Civil Veterinary Department Bengal reports 1923-33 - 1923-1933
Year: 1923
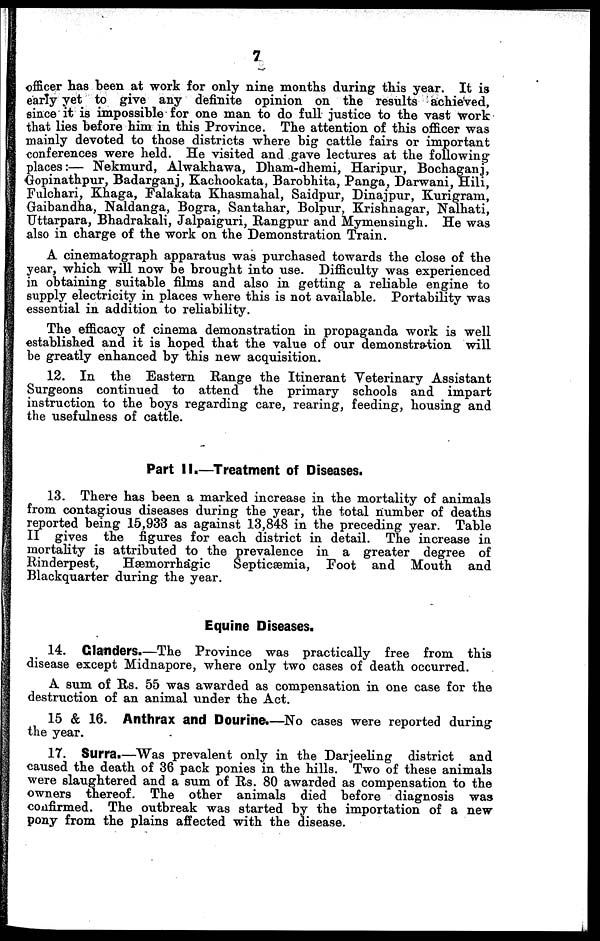
7
officer has been at work for only nine months during this year. It is
early yet to give any definite opinion on the results achieved,
since it is impossible for one man to do full justice to the vast work
that lies before him in this Province. The attention of this officer was
mainly devoted to those districts where big cattle fairs or important
conferences were held. He visited and gave lectures at the following
places:— Nekmurd, Alwakhawa, Dham-dhemi, Haripur, Bochaganj,
Gopinathpur, Badarganj, Kachookata, Barobhita, Panga, Darwani, Hili,
Fulchari, Khaga, Falakata Khasmahal, Saidpur, Dinajpur, Kurigram,
Gaibandha, Naldanga, Bogra, Santahar, Bolpur, Krishnagar, Nalhati,
Uttarpara, Bhadrakali, Jalpaiguri, Rangpur and Mymensingh. He was
also in charge of the work on the Demonstration Train.
A cinematograph apparatus was purchased towards the close of the
year, which will now be brought into use. Difficulty was experienced
in obtaining suitable films and also in getting a reliable engine to
supply electricity in places where this is not available. Portability was
essential in addition to reliability.
The efficacy of cinema demonstration in propaganda work is well
established and it is hoped that the value of our demonstration will
be greatly enhanced by this new acquisition.
12. In the Eastern Range the Itinerant Veterinary Assistant
Surgeons continued to attend the primary schools and impart
instruction to the boys regarding care, rearing, feeding, housing and
the usefulness of cattle.
Part II.—Treatment of Diseases.
13. There has been a marked increase in the mortality of animals
from contagious diseases during the year, the total number of deaths
reported being 15,933 as against 13,848 in the preceding year. Table
II gives the figures for each district in detail. The increase in
mortality is attributed to the prevalence in a greater degree of
Rinderpest,
Hæmorrhagic
Septicæmia, Foot and Mouth and
Blackquarter during the year.
Equine Diseases.
14. Glanders.—The Province was practically free from this
disease except Midnapore, where only two cases of death occurred.
A sum of Rs. 55 was awarded as compensation in one case for the
destruction of an animal under the Act.
15 & 16. Anthrax and Dourine.—No cases were reported during
the year.
17. Surra.—Was prevalent only in the Darjeeling district and
caused the death of 36 pack ponies in the hills. Two of these animals
were slaughtered and a sum of Rs. 80 awarded as compensation to the
owners thereof. The other animals died before diagnosis was
confirmed. The outbreak was started by the importation of a new
pony from the plains affected with the disease.